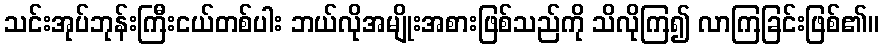
သင်းအုပ်ဘုန်းကြီးငယ်တစ်ပါး ဘယ်လိုအမျိုးအစားဖြစ်သည်ကို သိလိုကြ၍ လာကြခြင်းဖြစ်၏။